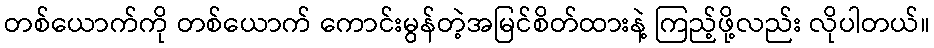
တစ်ယောက်ကို တစ်ယောက် ကောင်းမွန်တဲ့အမြင်စိတ်ထားနဲ့ ကြည့်ဖို့လည်း လိုပါတယ်။